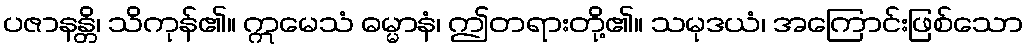
ပဇာနန္တိ၊ သိကုန်၏။ ဣမေသံ ဓမ္မာနံ၊ ဤတရားတို့၏။ သမုဒယံ၊ အကြောင်းဖြစ်သော